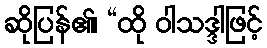
ဆိုပြန်၏၊ “ထို ဝါသဒ္ဒါဖြင့်